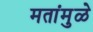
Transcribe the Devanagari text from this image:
मतांमुळे